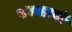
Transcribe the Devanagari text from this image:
सत्यव्रती